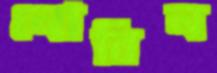
নোবিন